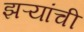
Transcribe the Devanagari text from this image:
झऱ्यांची